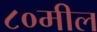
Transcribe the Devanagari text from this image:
८०मील